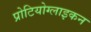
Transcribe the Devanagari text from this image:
प्रोटियोग्लाइकन